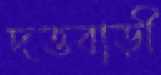
দত্তবাড়ী